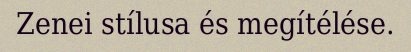
Zenei stílusa és megítélése.